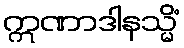
ဣဏာဒါနသ္မိံ